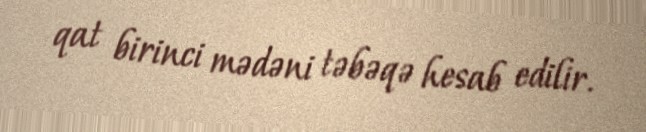
qat birinci mədəni təbəqə hesab edilir.